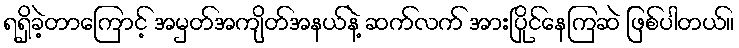
ရရှိခဲ့တာကြောင့် အမှတ်အကျိတ်အနယ်နဲ့ ဆက်လက် အားပြိုင်နေကြဆဲ ဖြစ်ပါတယ်။